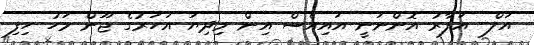
އަލް- އަފާރު އޮންނަނީ އައިއެސް އިން މިދިޔަ އަހަރުގެ ޖޫން މަހު ހިފި